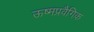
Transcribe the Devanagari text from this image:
ऊष्मप्रवैगिक